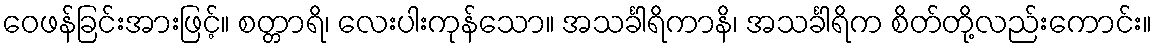
ဝေဖန်ခြင်းအားဖြင့်။ စတ္တာရိ၊ လေးပါးကုန်သော။ အသင်္ခါရိကာနိ၊ အသင်္ခါရိက စိတ်တို့လည်းကောင်း။